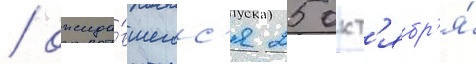
/ ожида́вшегос'я 25 окт'ябр'я́